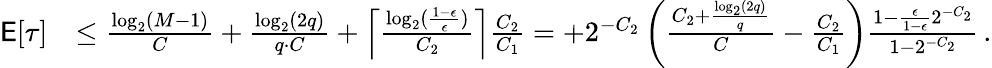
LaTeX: \begin{array}{rl}{\mathsf{E}[\tau]}&{\le\frac{\log_{2}(M-1)}{C}+\frac{\log_{2}(2q)}{q\cdot C}+\left\lceil\frac{\log_{2}(\frac{1-\epsilon}{\epsilon})}{C_{2}}\right\rceil\frac{C_{2}}{C_{1}}=+2^{-C_{2}}\left(\frac{C_{2}+\frac{\log_{2}(2q)}{q}}{C}-\frac{C_{2}}{C_{1}}\right)\frac{1-\frac{\epsilon}{1-\epsilon}2^{-C_{2}}}{1-2^{-C_{2}}}\, .}\end{array}